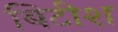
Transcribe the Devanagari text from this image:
बिटीश